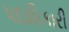
પદાધિકારી